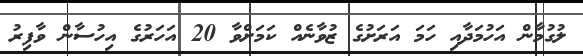
ލުގުމާން އަހުމަދާއި ހަމަ އަރަށުގެ ޒުވާނެއް ކަމަށްވާ 20 އަހަރުގެ އިހުސާން ވާފިރު